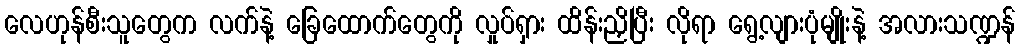
လေဟုန်စီးသူတွေက လက်နဲ့ ခြေထောက်တွေကို လှုပ်ရှား ထိန်းညှိပြီး လိုရာ ရွေ့လျားပုံမျိုးနဲ့ အလားသဏ္ဍန်